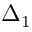
\Delta _ { 1 }